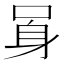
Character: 𨈗